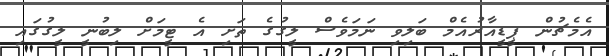
އެމެޗުން ޕީޑީއާރުއެމް ބަލިވި ނަމަވެސް ލީގުގެ ތަށި އެ ޓީމަށް ލިބުނީ ލީގުގައި